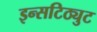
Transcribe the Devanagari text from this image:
इन्सटिठ्युट